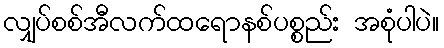
လျှပ်စစ်အီလက်ထရောနစ်ပစ္စည်း အစုံပါပဲ။